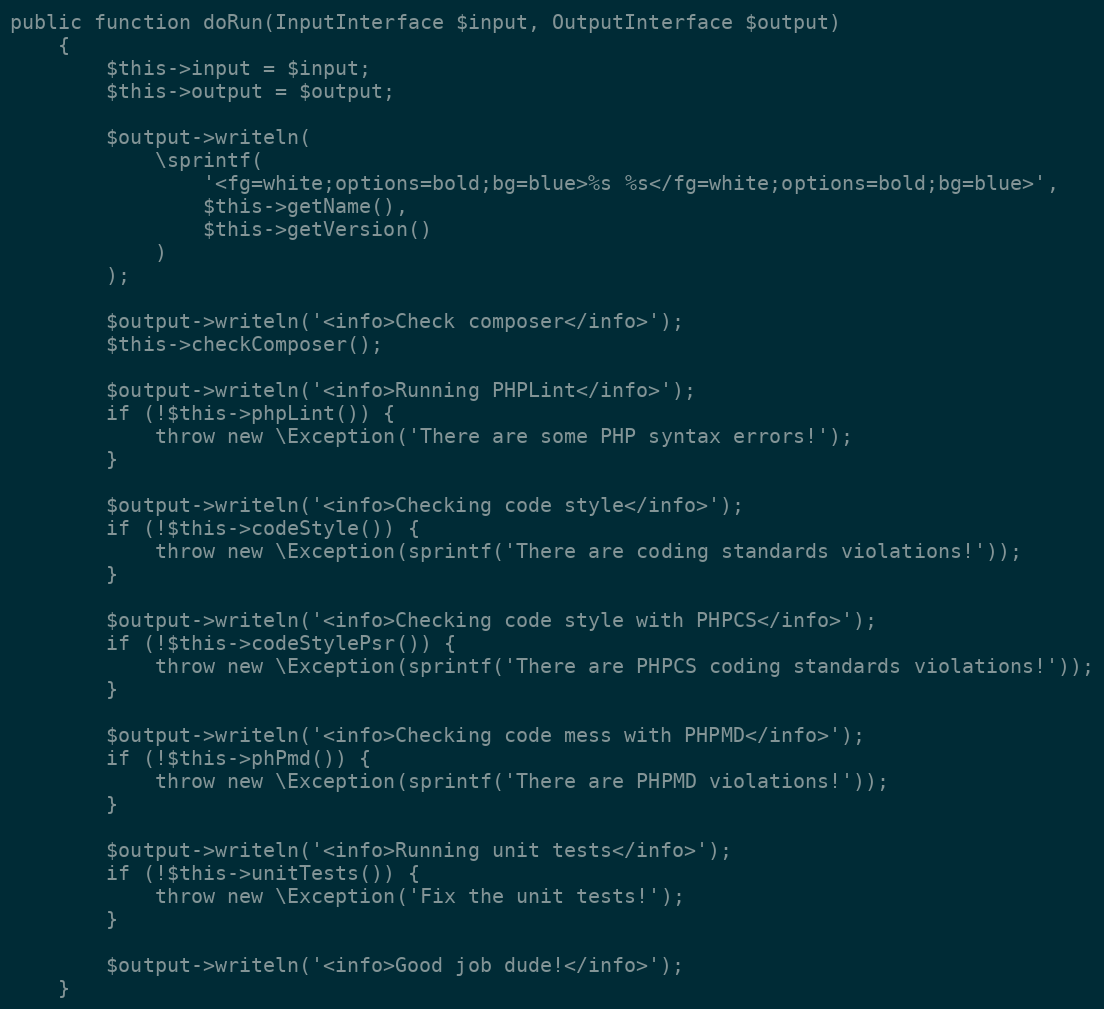
Language: PHP
public function doRun(InputInterface $input, OutputInterface $output)
    {
        $this->input = $input;
        $this->output = $output;

        $output->writeln(
            \sprintf(
                '<fg=white;options=bold;bg=blue>%s %s</fg=white;options=bold;bg=blue>',
                $this->getName(),
                $this->getVersion()
            )
        );

        $output->writeln('<info>Check composer</info>');
        $this->checkComposer();

        $output->writeln('<info>Running PHPLint</info>');
        if (!$this->phpLint()) {
            throw new \Exception('There are some PHP syntax errors!');
        }

        $output->writeln('<info>Checking code style</info>');
        if (!$this->codeStyle()) {
            throw new \Exception(sprintf('There are coding standards violations!'));
        }

        $output->writeln('<info>Checking code style with PHPCS</info>');
        if (!$this->codeStylePsr()) {
            throw new \Exception(sprintf('There are PHPCS coding standards violations!'));
        }

        $output->writeln('<info>Checking code mess with PHPMD</info>');
        if (!$this->phPmd()) {
            throw new \Exception(sprintf('There are PHPMD violations!'));
        }

        $output->writeln('<info>Running unit tests</info>');
        if (!$this->unitTests()) {
            throw new \Exception('Fix the unit tests!');
        }

        $output->writeln('<info>Good job dude!</info>');
    }